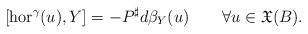
LaTeX: \begin{align*}[\operatorname{hor}^{\gamma}(u),Y]=-P^{\sharp}d\beta_{Y}(u) \qquad\forall u\in\mathfrak{X}(B).\end{align*}